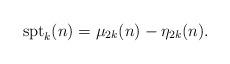
LaTeX: \begin{align*}\mbox{spt}_k(n) = \mu_{2k}(n) - \eta_{2k}(n).\end{align*}